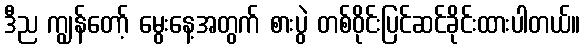
ဒီည ကျွန်တော့် မွေးနေ့အတွက် စားပွဲ တစ်ဝိုင်းပြင်ဆင်ခိုင်းထားပါတယ်။